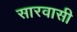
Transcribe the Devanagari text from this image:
सारवासी